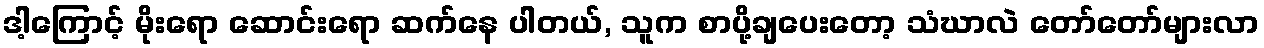
ဒါ့ကြောင့် မိုးရော ဆောင်းရော ဆက်နေ ပါတယ်, သူက စာပို့ချပေးတော့ သံဃာလဲ တော်တော်များလာ